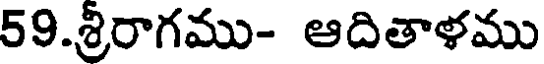
59.శ్రీరాగము- ఆదితాళము